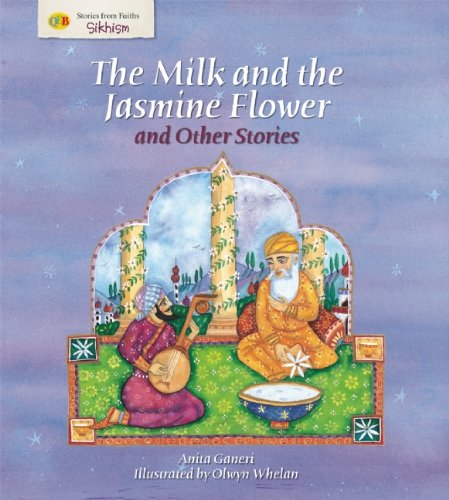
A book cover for The Milk and the Jasmine Flower and Other Stories (Stories from Faiths); Anita Ganeri; Children's Books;